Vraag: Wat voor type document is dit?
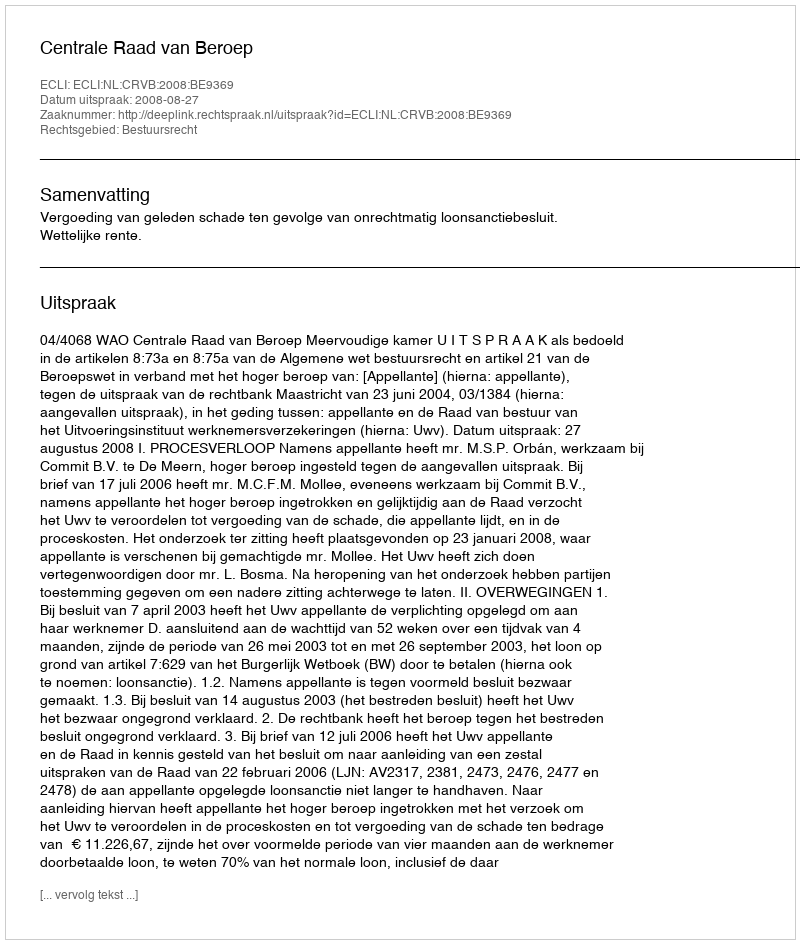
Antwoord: Uitspraak